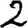
Digit: 2